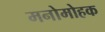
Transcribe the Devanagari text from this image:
मनोमोहक